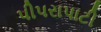
પીપરાપાટી